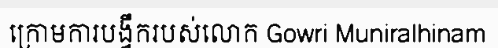
ក្រោមការបង្វឹករបស់លោក Gowri Muniralhinam